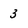
Character: 3